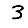
Digit: 3